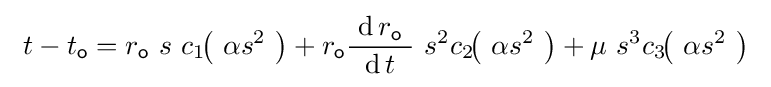
\ t-t_{\mathsf {o}}=r_{\mathsf {o}}\ s\ c_{1}\!\!\left(\ \alpha s^{2}\ \right)+r_{\mathsf {o}}{\frac {~\operatorname {d} r_{\mathsf {o}}\ }{\ \operatorname {d} t\ }}\ s^{2}c_{2}\!\!\left(\ \alpha s^{2}\ \right)+\mu \ s^{3}c_{3}\!\!\left(\ \alpha s^{2}\ \right)\